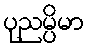
ပုညမ္ပိမာ